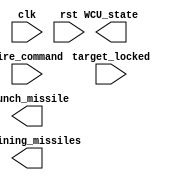
`timescale 1us/1ns

module weapons_control_unit(
    input target_locked,
    input clk,
    input rst,
    input fire_command,
    output reg launch_missile,
    output [3:0] remaining_missiles,
    output [1:0] WCU_state
);

    // Your code goes here.  DO NOT change anything that is already given! Otherwise, you will not be able to pass the tests!
    // You should implement the weapons_control_unit module HERE using behavioral design approach. 
    // You should read the instructions first and make sure you understand the problem completely.
    // Please inspect the provided waveforms very carefully and try to produce the same results.

endmodule